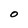
Character: O